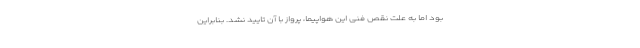
بود اما به علت نقص فنی این هواپیما، پرواز با آن تایید نشد. بنابراین